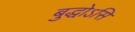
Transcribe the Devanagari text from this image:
बुद्धोऽसि